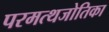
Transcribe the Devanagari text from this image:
परमत्थजोतिका